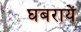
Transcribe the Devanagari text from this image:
घबरायें